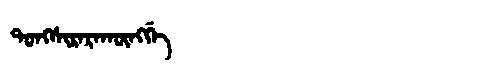
Manchu: ᡨᠣᠩᠰᡳᡵᠠᡵᠠᡴᡡᠩᡤᡝ
Romanization: TONGSIRARAKŪNGGE